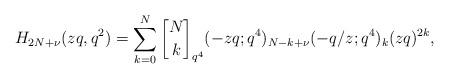
LaTeX: \begin{align*}H_{2N+\nu}(zq,q^2) = \sum_{k=0}^{N}\genfrac{[}{]}{0pt}{}{N}{k}_{q^4} (-zq;q^4)_{N-k+\nu}(-q/z;q^4)_k (zq)^{2k},\end{align*}